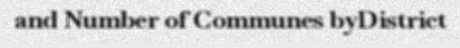
and Number of Communes byDistrict